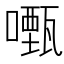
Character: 𭋡